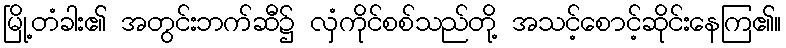
မြို့တံခါး၏ အတွင်းဘက်ဆီ၌ လှံကိုင်စစ်သည်တို့ အသင့်စောင့်ဆိုင်းနေကြ၏။